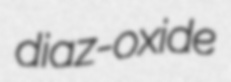
diaz-oxide